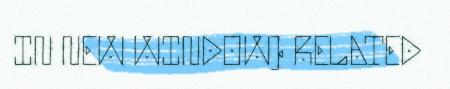
IN NEW WINDOW) RELATED